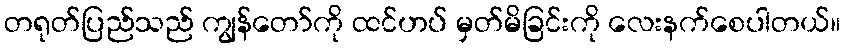
တရုတ်ပြည်သည် ကျွန်တော်ကို ထင်ဟပ် မှတ်မိခြင်းကို လေးနက်စေပါတယ်။